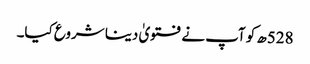
528ھ کو آپ نے فتویٰ دینا شروع کیا۔